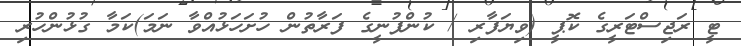
ޓީ ރަޖިސްޓަރީގެ ކޮޕީ (ވިޔަފާރި / ކުންފުނީގެ ފަރާތުން ހުށަހަޅުއްވާ ނަމަ)ކަމާ ގުޅުންހުރި